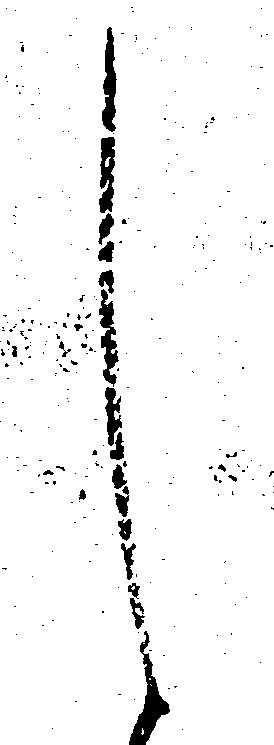
し